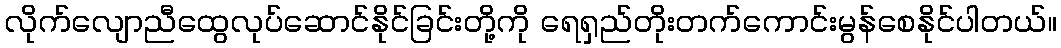
လိုက်လျောညီထွေလုပ်ဆောင်နိုင်ခြင်းတို့ကို ရေရှည်တိုးတက်ကောင်းမွန်စေနိုင်ပါတယ်။